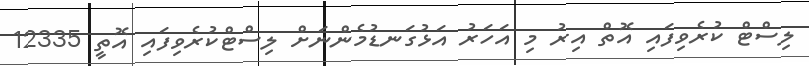
ލިސްޓް ކުރެވިފައި އޮތް އިރު މި އަހަރު އަޅުގަނޑުމެންނަށް ލިސްޓްކުރެވިފައި އޮތީ 12335